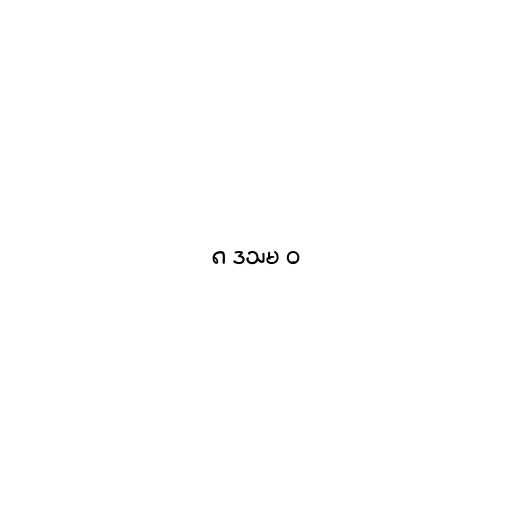
၈ ဒသမ ၀